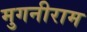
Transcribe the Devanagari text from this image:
मुगनीराम